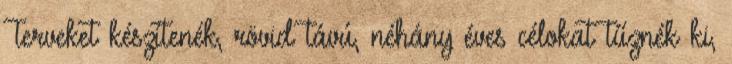
Terveket készítenék, rövid távú, néhány éves célokat tűznék ki,